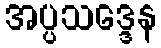
အပ္ပသဒ္ဒေန